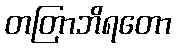
တတြာဘိရတော